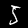
Label: 5